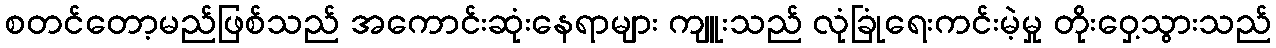
စတင်တော့မည်ဖြစ်သည် အကောင်းဆုံးနေရာများ ကျူးသည် လုံခြုံရေးကင်းမဲ့မှု တိုးဝှေ့သွားသည်